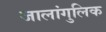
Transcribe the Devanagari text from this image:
जालांगुलिक